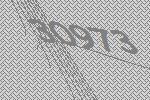
30973